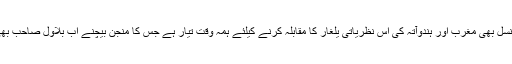
اب ہماری نئی نسل بھی مغرب اور ہندوآتہ کی اس نظریاتی یلغار کا مقابلہ کرنے کیلئے ہمہ وقت تیار ہے جس کا منجن بیچنے اب بلاول صاحب بھی آن ٹپکے ہیں۔